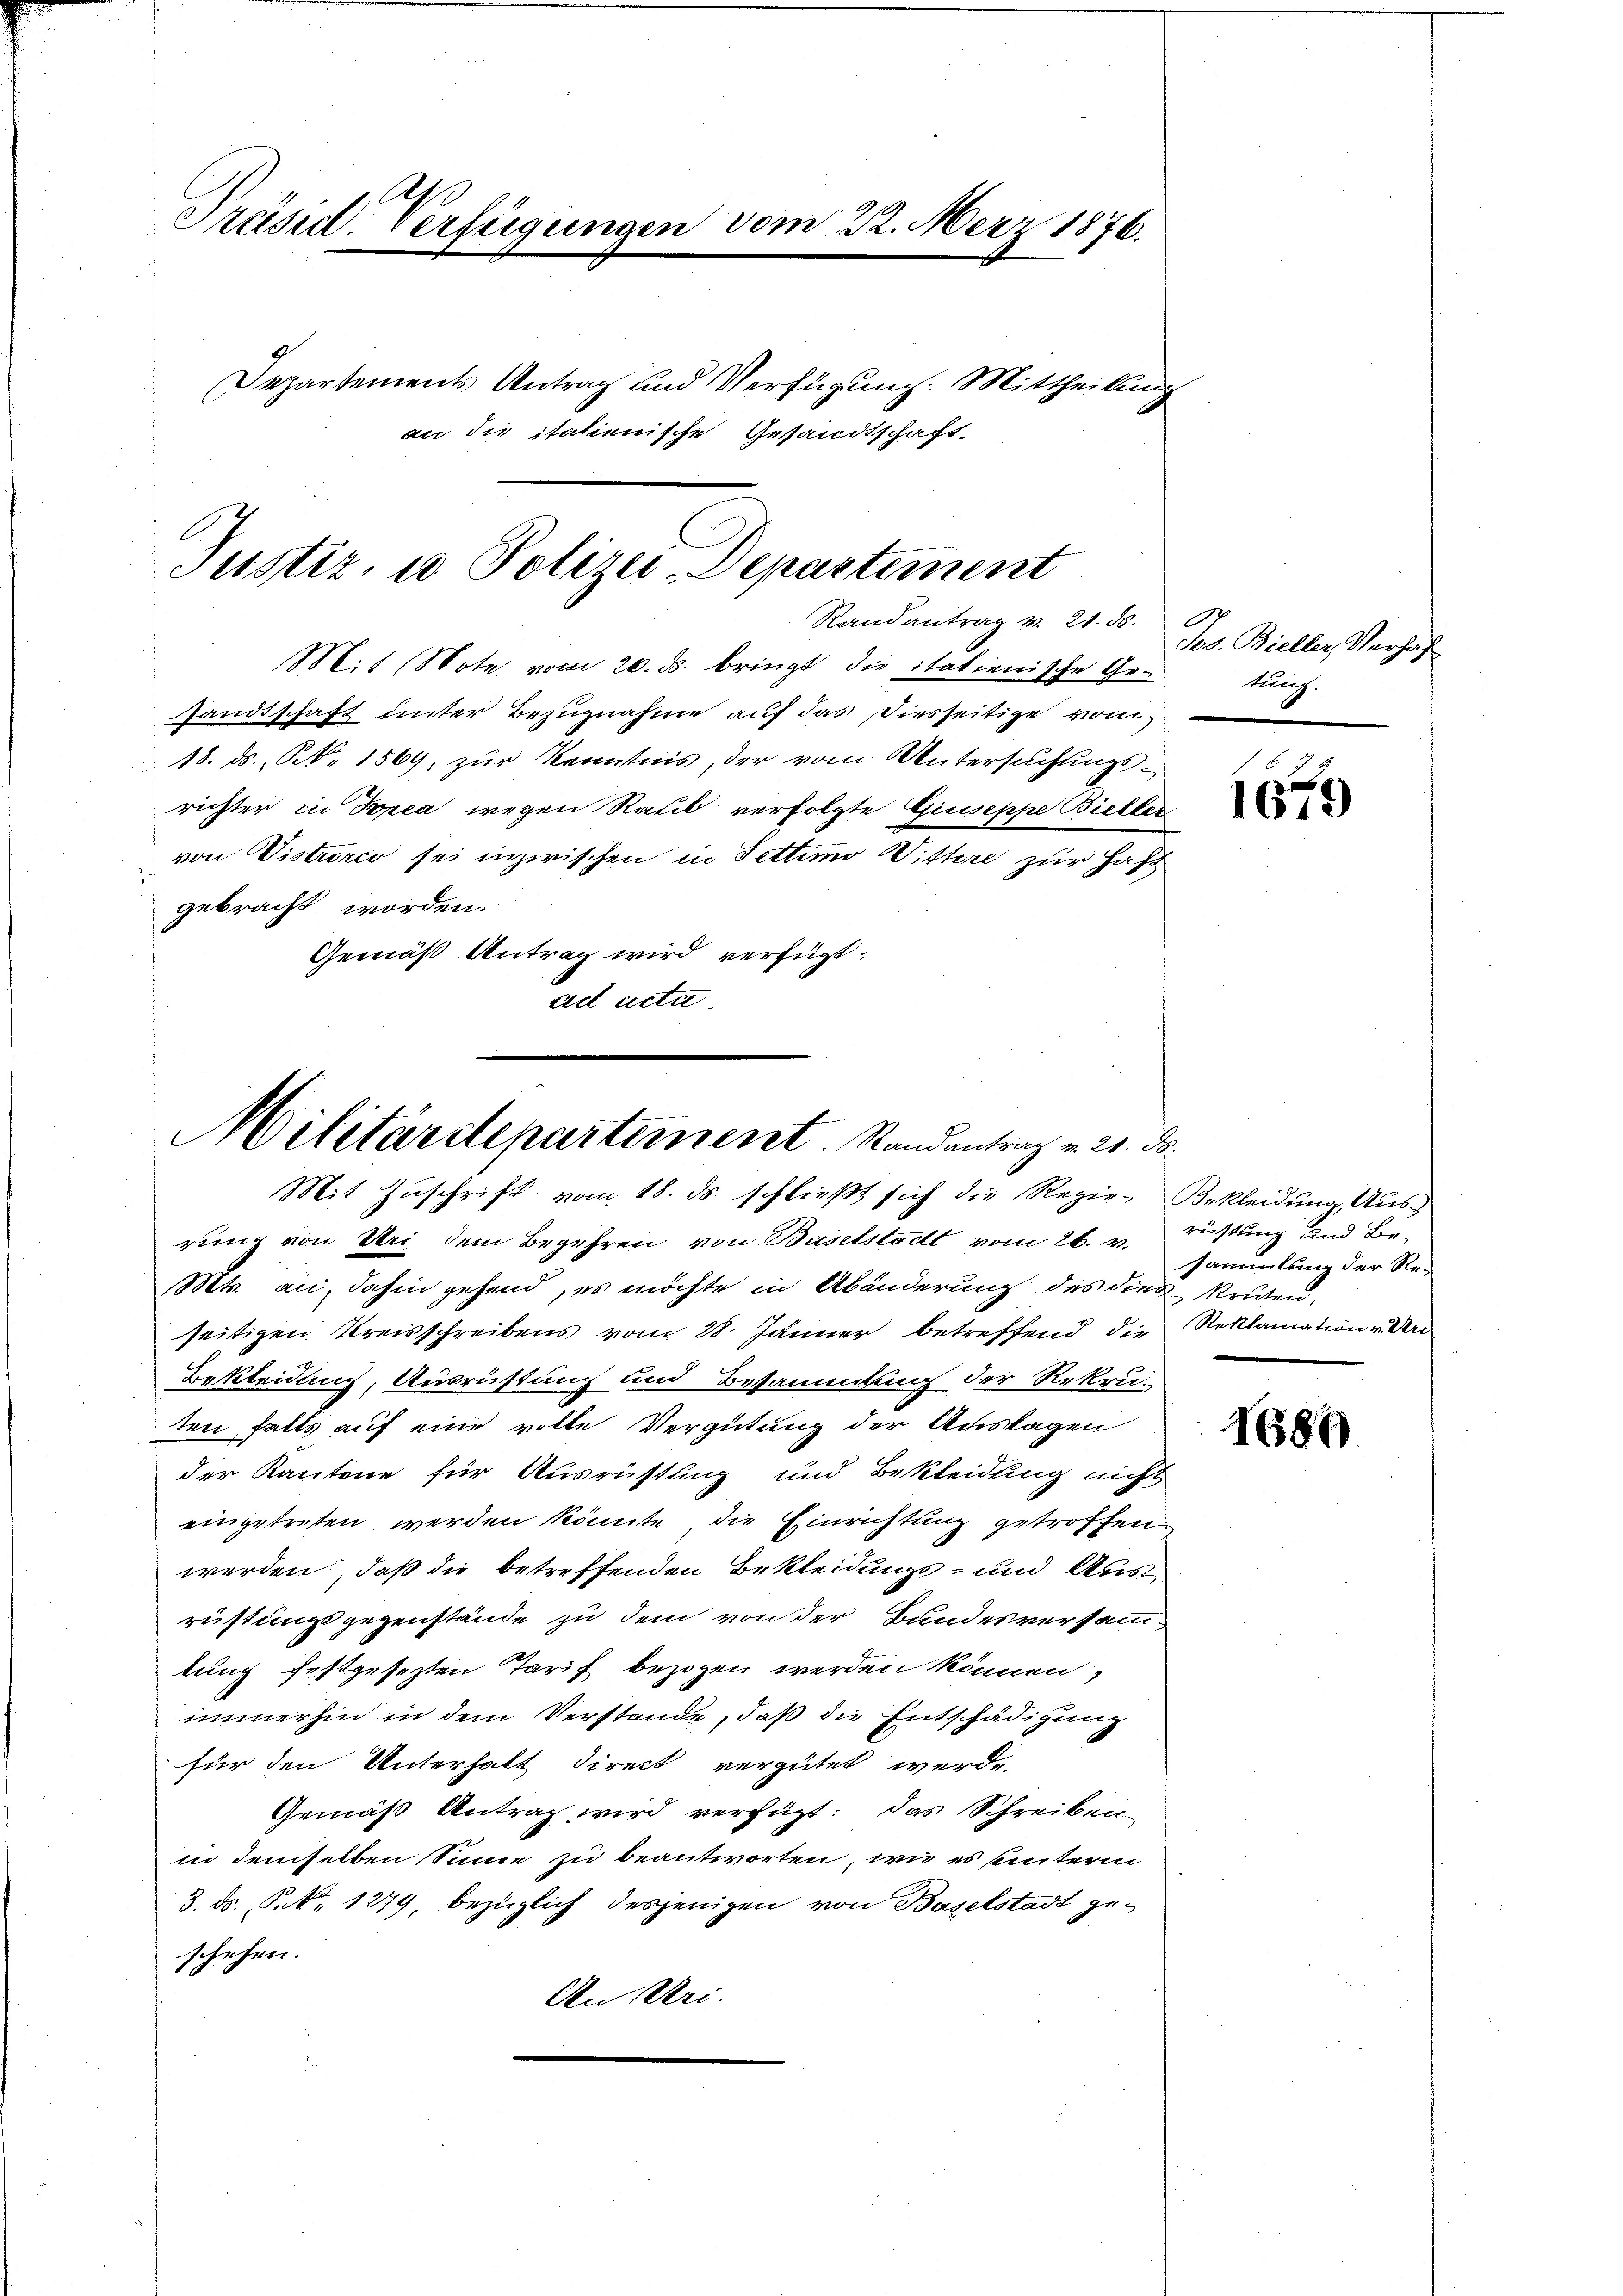
Präsid. Verfügungen vom 22. März 1876.
Departements Antrag und Verfügung: Mittheilung
an die italienische Gesandtschaft

Justiz, u. Polizei-Departement
Randantrag v. 21. ds.

Mit (Note vom 20. ds. bringt die italienische Gesandtschaft unter Bezugnahme auf das Diesseitige vom
18. ds., N. 1569, zur Kenntnis, der vom Untersuchungs-
richter in Topia wegen Raub verfolgte Giuseppe Bieller
von Vistrorco sei inzwischen in Fettinio Wittere zur Haft
gebracht worden.
Gemäß Antrag wird verfügt:
ad acta.

Militärdepartement. Randantrag v. 21. ds.
Mit Zuschrift vom 18. ds. schließt sich die Regie- Bekleidung, Aus¬

rung von Uri dem Begehren, von Baselstadt vom 26. v. Richtung und Be¬
Mts. an, dahin gehend, es möchte in Abänderung des dies kriten,
seitigen Kreisschreibens vom 28. Jänner betreffend die Reklamation v. Uri
Bekleidung, Ausrüstung und Besammlung der Rekruten falls auf eine volle Vergütung der Auslagen
der Kantone für Ausrüstung und Bekleidung nicht
eingetreten werden könnte, die Einrichtung getroffen
werden, daß die betreffenden Bekleidungs- und Aus
rüstungsgegenstände zu dem von der Bundesversammtung festgesezten Tarif bezogen werden können,
immerhin in dem Verstände, daß die Entschädigung
für den Unterhalt direct vergütet werde.
Gemäß Antrag wird verfügt: das Schreiben
in demselben Sinne zu beantworten, wie es sunterm
3. ds. P. Nr. 1279, bezüglich desjenigen von Baselstadt geschehen.
An Uri.

.
Jos. Bieller, Verhaf
kung.

1679

sammlung der Re¬

1689